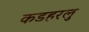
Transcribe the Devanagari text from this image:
कडहरलु